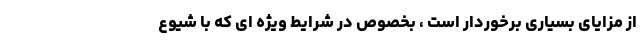
از مزایای بسیاری برخوردار است ، بخصوص در شرایط ویژه ای که با شیوع